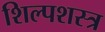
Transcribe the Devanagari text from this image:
शिल्पशस्त्र